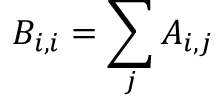
B _ { i , i } = \sum _ { j } A _ { i , j }